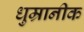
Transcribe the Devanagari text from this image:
धुम्रानीक